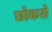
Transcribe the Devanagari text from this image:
छोकरो